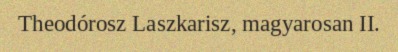
Theodórosz Laszkarisz, magyarosan II.